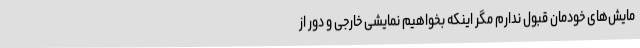
مایش‌های خودمان قبول ندارم مگر اینکه بخواهیم نمایشی خارجی و دور از